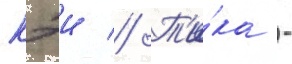
кэи // Т'и́ка -